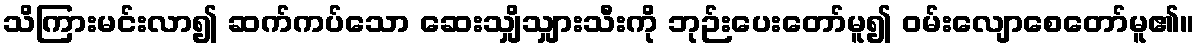
သိကြားမင်းလာ၍ ဆက်ကပ်သော ဆေးသျှိသျှားသီးကို ဘုဉ်းပေးတော်မူ၍ ဝမ်းလျောစေတော်မူ၏။